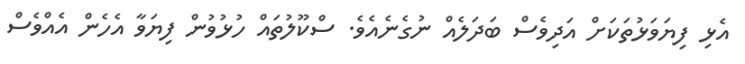
އެޅި ފިޔަވަޅުތަކަށް އަދިވެސް ބަދަލެއް ނުގެނެއެވެ. ސްކޫލުތައް ހުޅުވުން ފިޔަވާ އެހެން އެއްވެސް